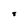
Character: 8